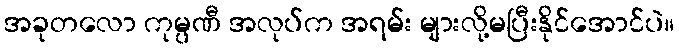
အခုတလော ကုမ္ပဏီ အလုပ်က အရမ်း များလို့မပြီးနိုင်အောင်ပဲ။